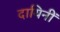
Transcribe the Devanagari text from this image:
दायिनीं